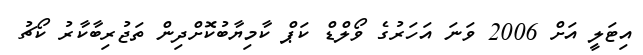
އިޓަލީ އަށް 2006 ވަނަ އަހަރުގެ ވޯލްޑް ކަޕް ކާމިޔާބުކޮށްދިން ތަޖުރިބާކާރު ކޯޗު